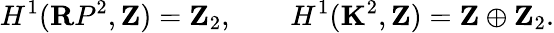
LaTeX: H^{1}({\mathbf RP}^{2},{\mathbf Z})={\mathbf Z}_{2},\qquad H^{1}({\mathbf K}^{2},{\mathbf Z})={\mathbf Z}\oplus{\mathbf Z}_{2}.